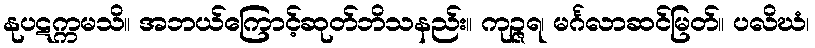
နုပဋက္ကမသိ။ အဘယ်ကြောင့်ဆုတ်ဘိသနည်း။ ကုဉ္ဇရ၊ မင်္ဂလာဆင်မြတ်။ ပလိဃံ၊